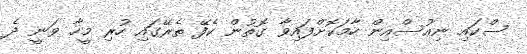
ސްކައި ނިއުސްއިން ހާމަކޮށްފައިވާ ގޮތުން ކެފޭ ތެރޭގައި ހުރި މީހާ ވަނީ ދެ